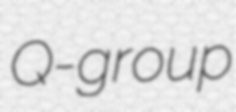
Q-group